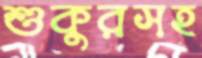
শুকুরসহ